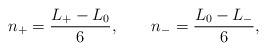
LaTeX: \begin{align*}n_+ = \frac{L_+-L_0}{6}, \qquad n_- = \frac{L_0-L_-}{6},\end{align*}